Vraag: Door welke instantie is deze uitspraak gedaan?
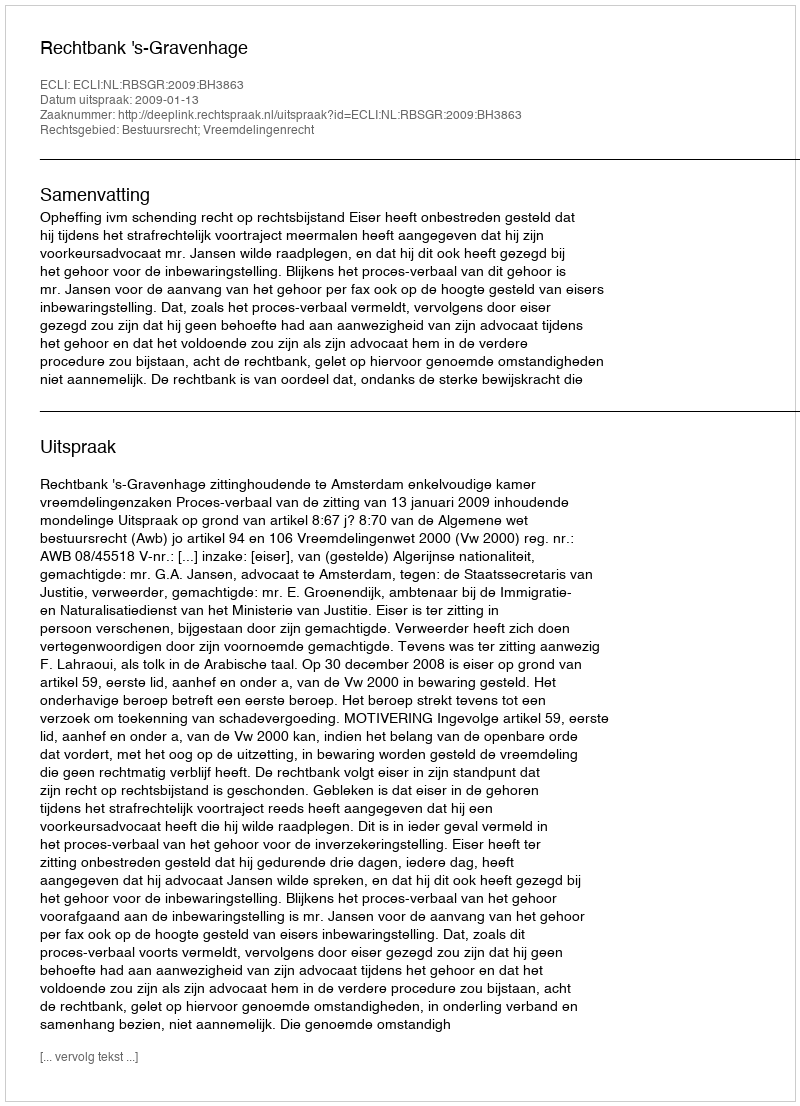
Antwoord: Rechtbank 's-Gravenhage